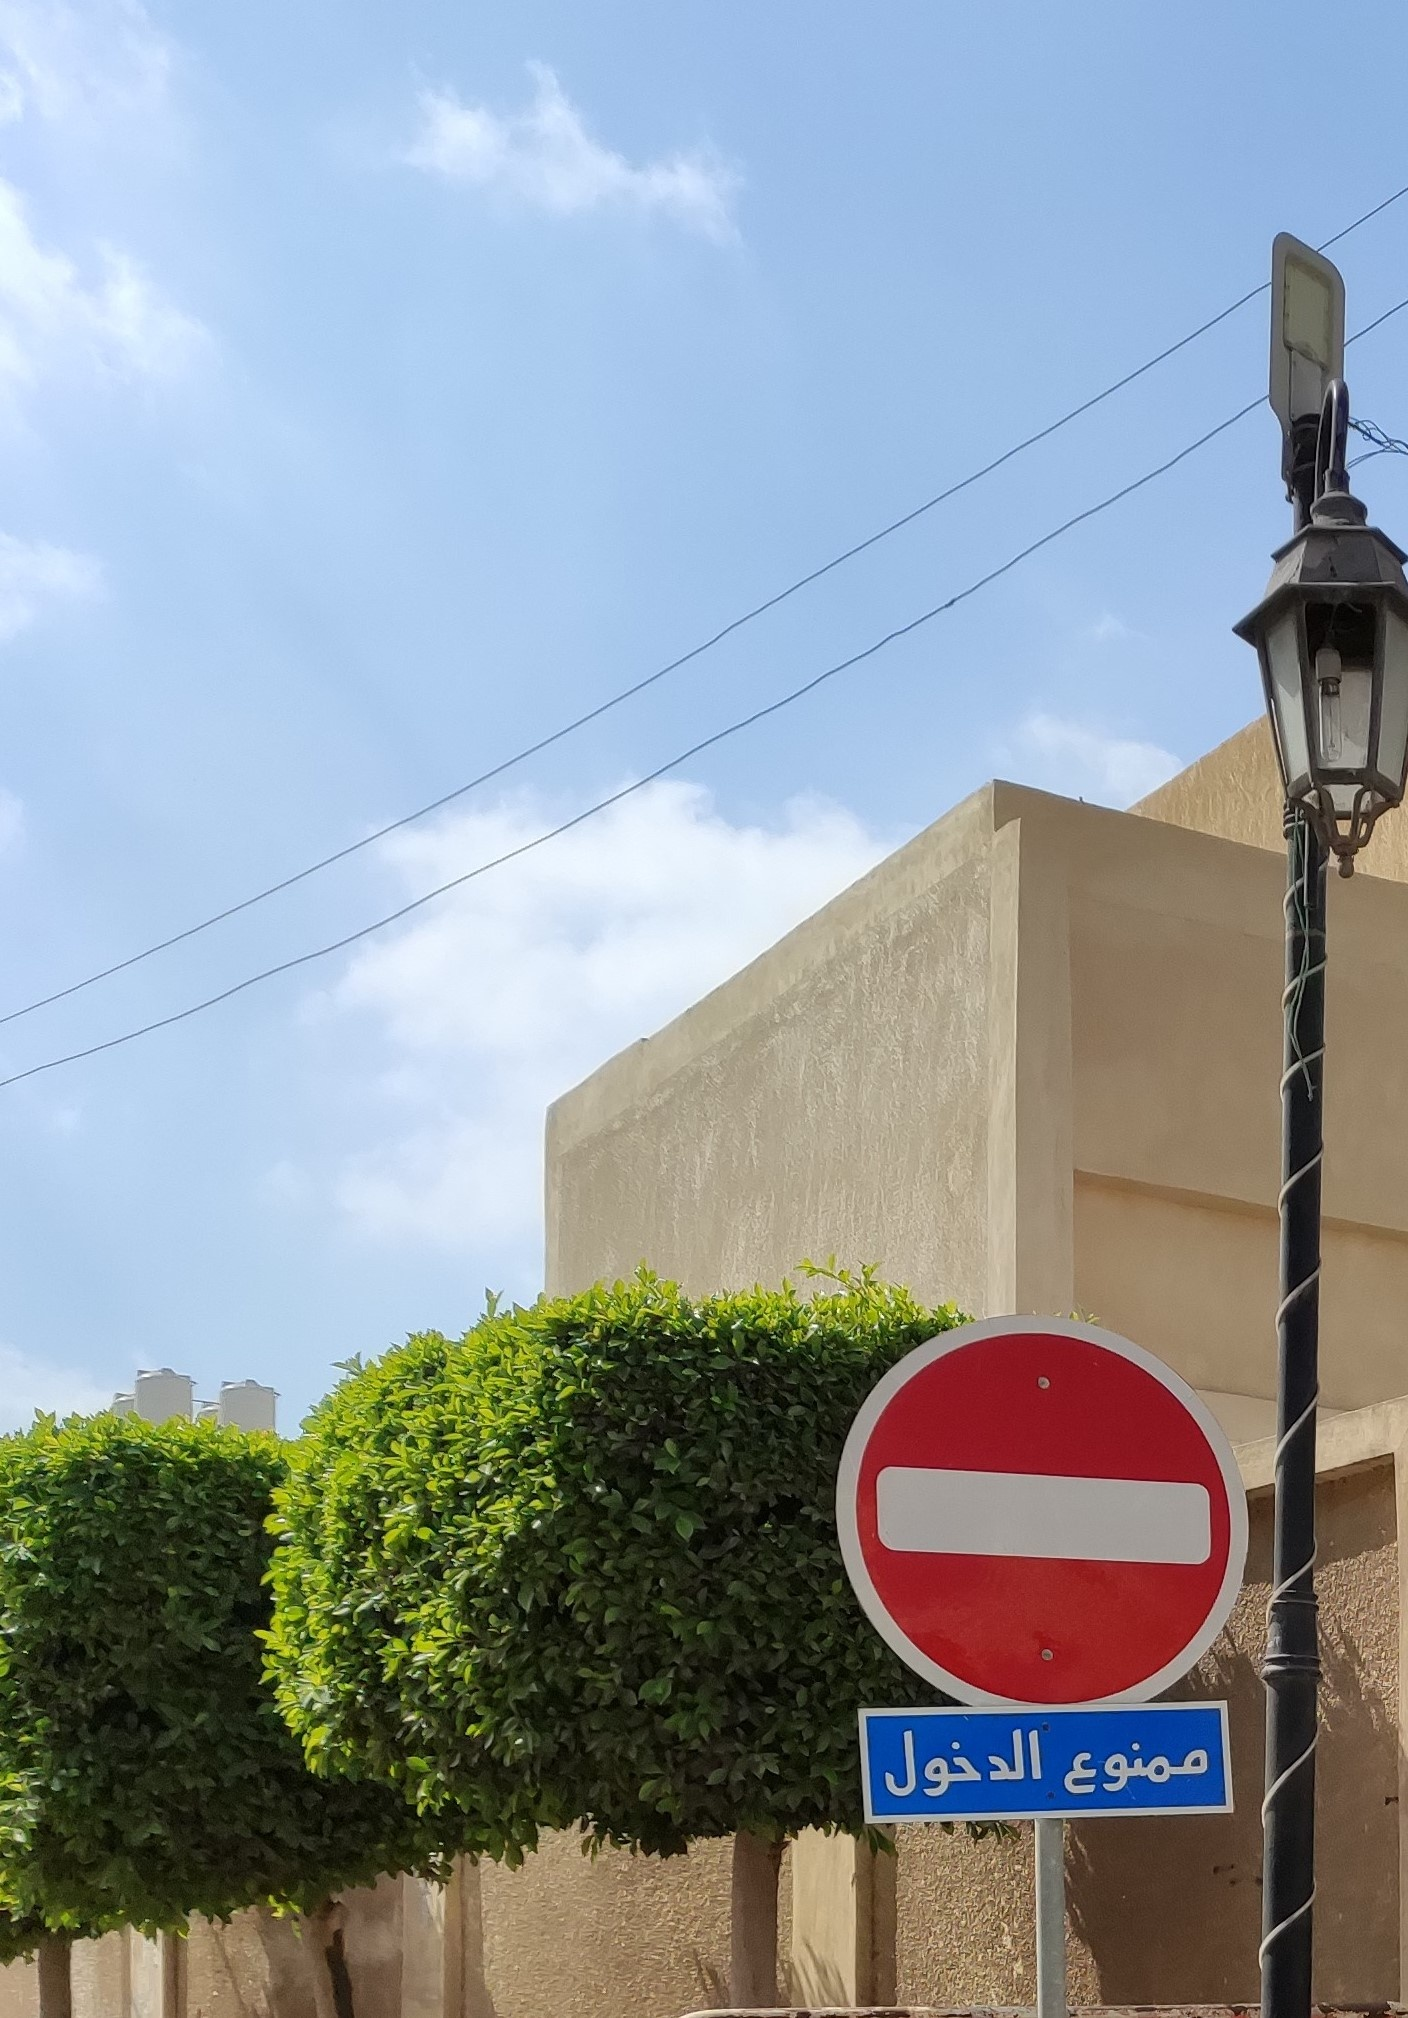
Text in image: الدخول ممنوع